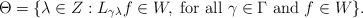
\begin{align*} \Theta=\{\lambda\in Z: L_{\gamma\lambda}f\in W, \ \mbox{for all} \ \gamma \in \Gamma \ \mbox{and} \ f\in W\}. \end{align*}